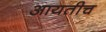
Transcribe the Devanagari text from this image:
आयतीच